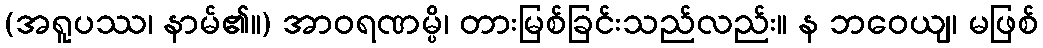
(အရူပဿ၊ နာမ်၏။) အာဝရဏမ္ပိ၊ တားမြစ်ခြင်းသည်လည်း။ န ဘဝေယျ၊ မဖြစ်